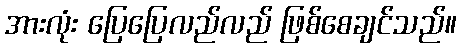
အားလုံး ပြေပြေလည်လည် ဖြစ်စေချင်သည်။